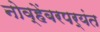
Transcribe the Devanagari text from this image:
नोव्हेंबरपर्यंत